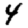
Digit: 4